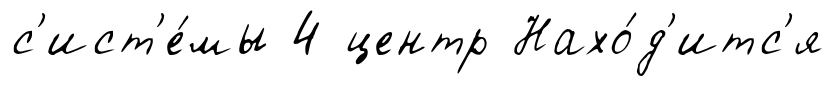
с'ист'е́мы 4 центр Нахо́д'итс'я